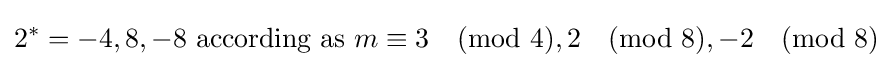
2^{*}=-4,8,-8{\text{ according as }}m\equiv 3{\pmod {4}},2{\pmod {8}},-2{\pmod {8}}